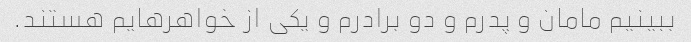
ببینیم مامان و پدرم و دو برادرم و یکی از خواهرهایم هستند.